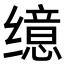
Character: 𫄷